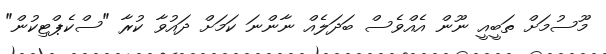
މޫސުމަށް ތަބީއީ ނޫން އެއްވެސް ބަދަލެއް ނާންނަ ކަމަށް ދައުވާ ކުރާ "ސްކެޕްޓިކުން"